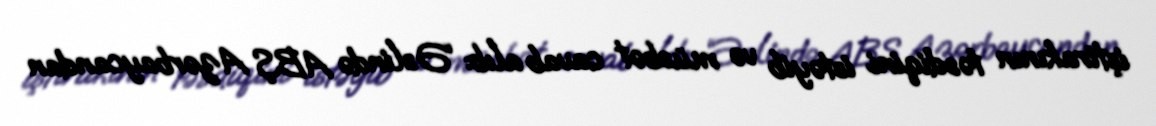
iştirakının təsdiqini istəyib və müsbət cavab alıb: “Əslində ABŞ Azərbaycandan